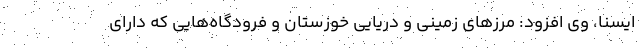
ایسنا، وی افزود: مرزهای زمینی و دریایی خوزستان و فرودگاه‌هایی که دارای